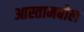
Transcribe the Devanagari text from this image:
आस्तामबोल